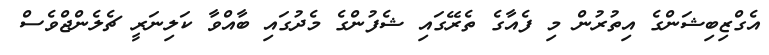
އެގްޒިބިޝަންގެ އިތުރުން މި ފެއާގެ ތެރޭގައި ޝެފުންގެ މެދުގައި ބާއްވާ ކަލިނަރީ ޗެލެންޖްވެސް